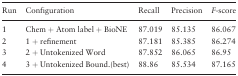
| Run | Configuration | Recall | Precision | F-score |
 | --- | --- | --- | --- | --- |
 | 1 | Chem + Atom label + BioNE | 87.019 | 85.135 | 86.067 |
 | 2 | 1 + refinement | 87.181 | 85.385 | 86.274 |
 | 3 | 2 + Untokenized Word | 87.852 | 86.065 | 86.95 |
 | 4 | 3 + Untokenized Bound.(best) | 88.86 | 85.534 | 87.165 |